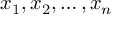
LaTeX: x _ { 1 } , x _ { 2 } , \ldots , x _ { n }